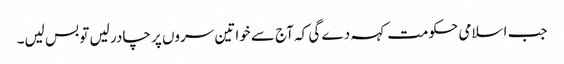
جب اسلامی حکومت کہہ دے گی کہ آج سے خواتین سروں پر چادر لیں تو بس لیں۔